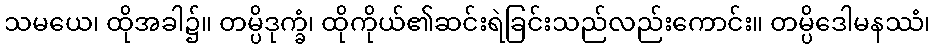
သမယေ၊ ထိုအခါ၌။ တမ္ပိဒုက္ခံ၊ ထိုကိုယ်၏ဆင်းရဲခြင်းသည်လည်းကောင်း။ တမ္ပိဒေါမနဿံ၊